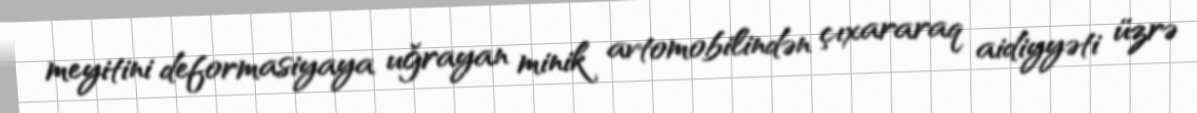
meyitini deformasiyaya uğrayan minik avtomobilindən çıxararaq aidiyyəti üzrə